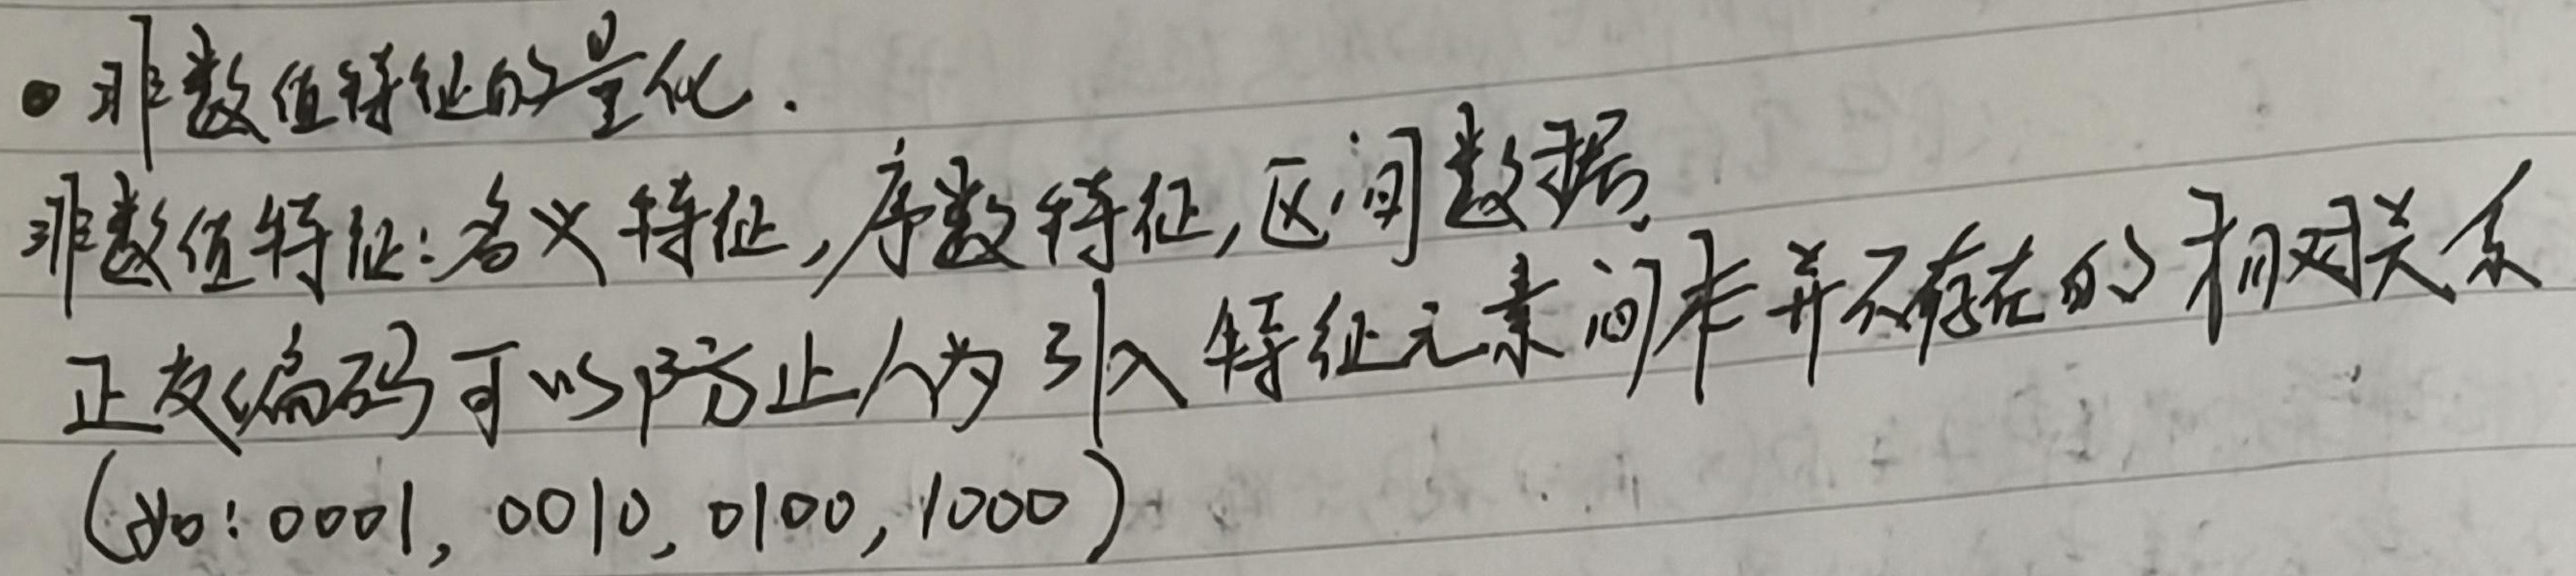
- 非数值特征的量化。非数值特征：名义特征，序数特征，区间数据。正交编码可以防止人为引入特征元素间本并不存在的相对关系(如：0001, 0010, 0100, 1000)